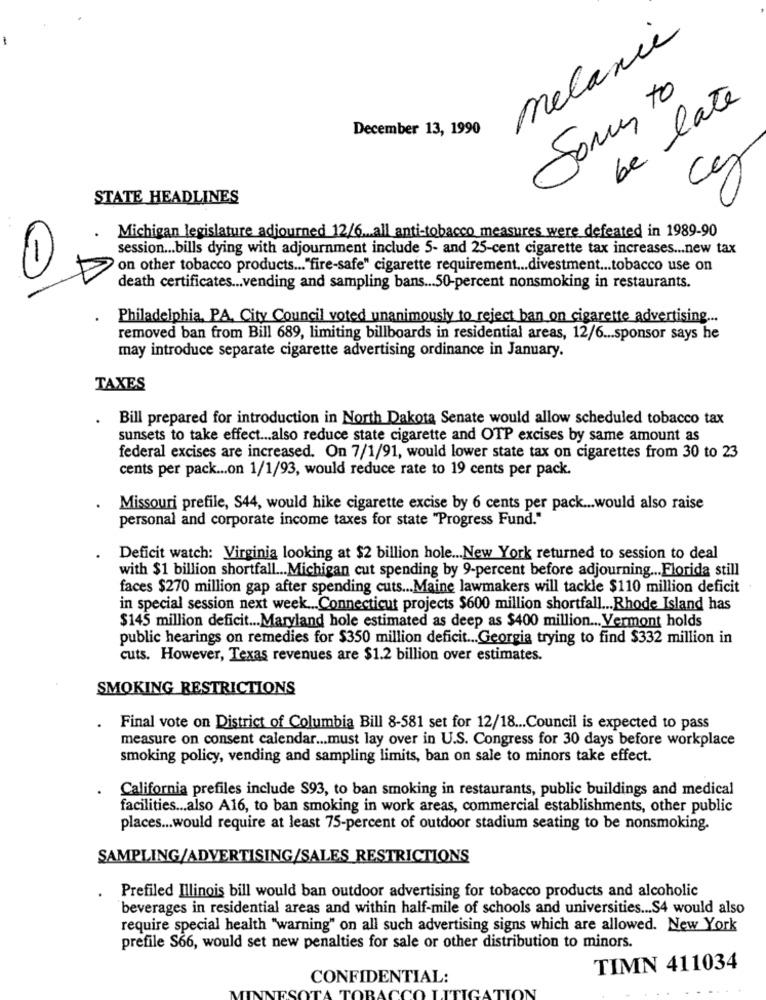
melanie
Sony to
be late
December 13, 1990
cy
STATE HEADLINES
Michigan legislature adjourned 12/6 .... all anti-tobacco measures were defeated in 1989-90
session ... bills dying with adjournment include 5- and 25-cent cigarette tax increases ... new tax
on other tobacco products ... "fire-safe" cigarette requirement ... divestment ... tobacco use on
death certificates ... vending and sampling bans ... 50-percent nonsmoking in restaurants.
Philadelphia, PA, City Council voted unanimously to reject ban on cigarette advertising ...
removed ban from Bill 689, limiting billboards in residential areas, 12/6 ... sponsor says he
may introduce separate cigarette advertising ordinance in January.
TAXES
.
Bill prepared for introduction in North Dakota Senate would allow scheduled tobacco tax
sunsets to take effect ... also reduce state cigarette and OTP excises by same amount as
federal excises are increased. On 7/1/91, would lower state tax on cigarettes from 30 to 23
cents per pack ... on 1/1/93, would reduce rate to 19 cents per pack.
Missouri prefile, S44, would hike cigarette excise by 6 cents per pack ... would also raise
personal and corporate income taxes for state "Progress Fund."
Deficit watch: Virginia looking at $2 billion hole ... New York returned to session to deal
with $1 billion shortfall ... Michigan cut spending by 9-percent before adjourning ... Florida still
faces $270 million gap after spending cuts ... Maine lawmakers will tackle $110 million deficit
in special session next week ... Connecticut projects $600 million shortfall ... Rhode Island has
$145 million deficit ... Maryland hole estimated as deep as $400 million ... Vermont holds
public hearings on remedies for $350 million deficit ... Georgia trying to find $332 million in
cuts. However, Texas revenues are $1.2 billion over estimates.
SMOKING RESTRICTIONS
Final vote on District of Columbia Bill 8-581 set for 12/18 ... Council is expected to pass
measure on consent calendar ... must lay over in U.S. Congress for 30 days before workplace
smoking policy, vending and sampling limits, ban on sale to minors take effect.
California prefiles include S93, to ban smoking in restaurants, public buildings and medical
facilities ... also A16, to ban smoking in work areas, commercial establishments, other public
places ... would require at least 75-percent of outdoor stadium seating to be nonsmoking.
SAMPLING/ADVERTISING/SALES_RESTRICTIONS
Prefiled Illinois bill would ban outdoor advertising for tobacco products and alcoholic
beverages in residential areas and within half-mile of schools and universities ... S4 would also
require special health "warning" on all such advertising signs which are allowed. New York
prefile S66, would set new penalties for sale or other distribution to minors.
TIMN 411034
CONFIDENTIAL: